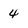
Character: 4